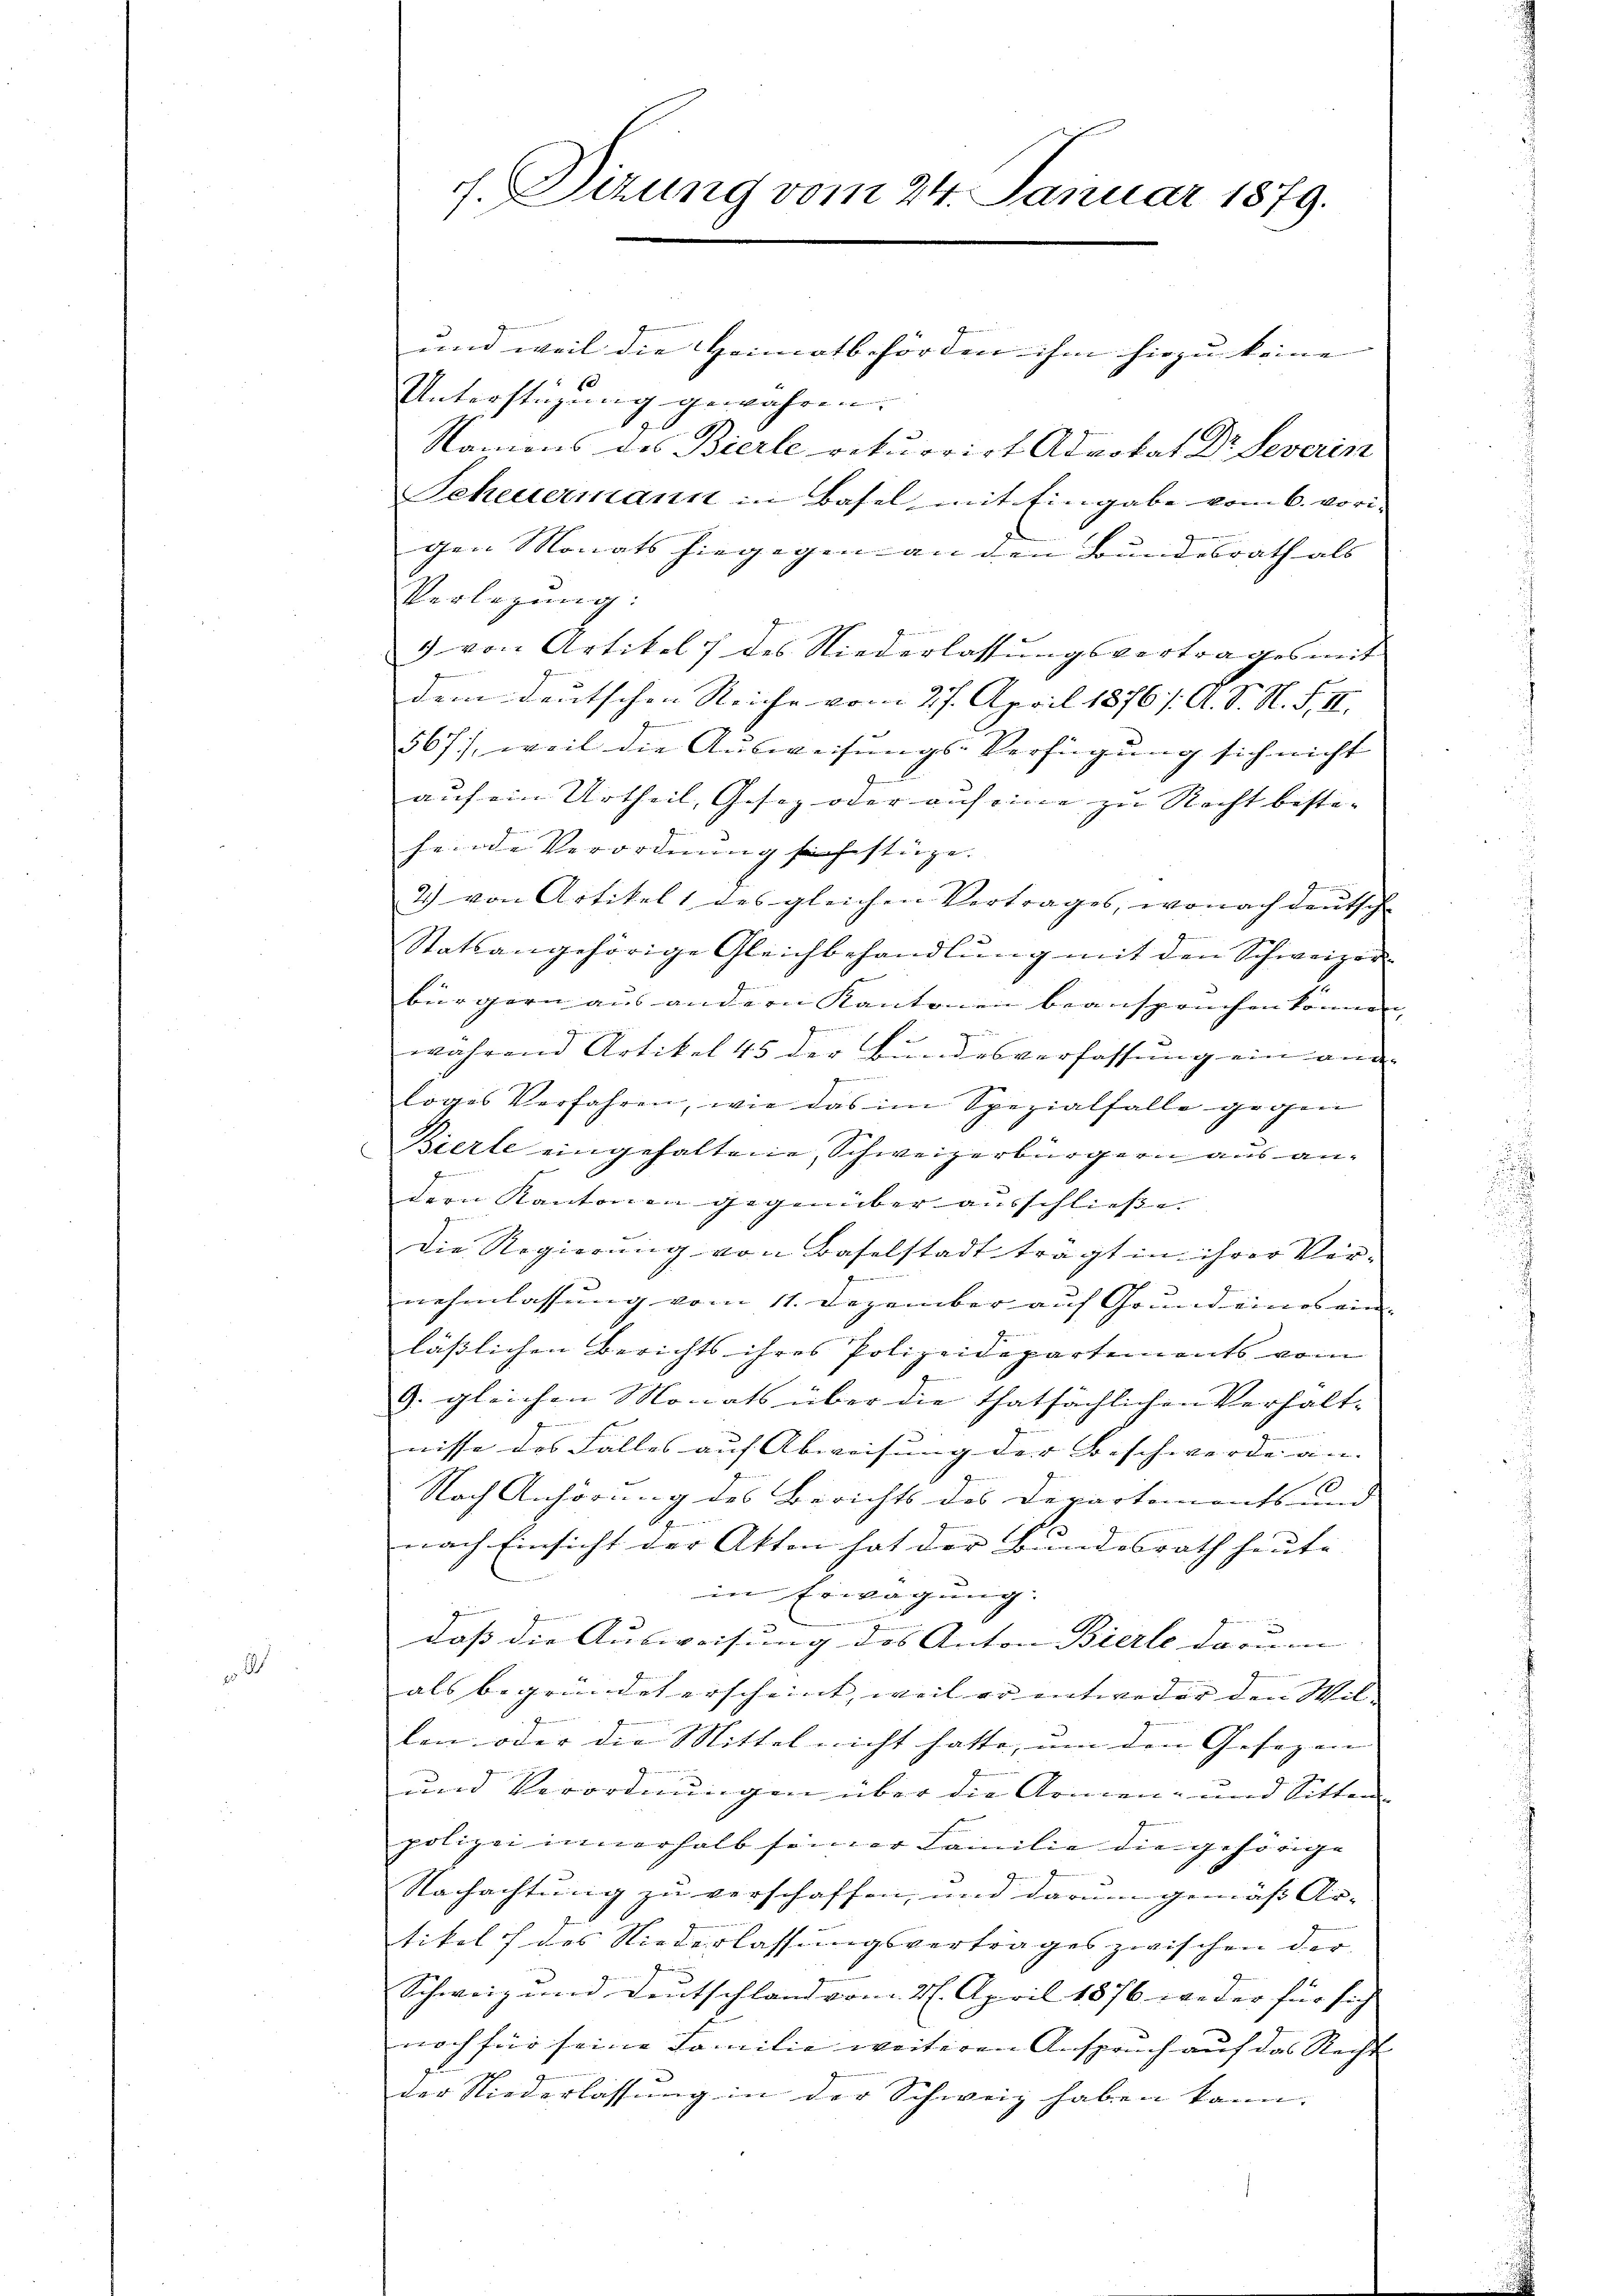
und weil die Heimatbehörden ihm hiezu keine |
Unterstüzung gewähren.
Namens des Bierle rekurrirt Advokat Dr. Severin
Scheuermann in Basel, mit Eingabe vom 6. vori-
gen Monats hingegen an den Bundesrath als |
Verlegŭng:
3 von Artikel des Niederlassŭngsvertrages mit
dem deutschen Reiche vom 27. April 1876/. A. S. N. F. II.
567), weil die Aŭsweisŭngs-Verfügŭng sich nicht
auf ein Urtheil, Gesez oder auf eine zu Recht bestifeinde Verordnung sich stüge.
2) von Artikel 1 des gleichen Vertrages, wonach deutsch
Statsangehörige Gleichbehandlŭng mit den Schweizer-
1
bürgern aus andern Kantonen beanspruchen können,
während Artikel 45 der Bundesverfassung ein ande
loges Verfahren, wie das im Spezialfalle gegen
Bierle eingehaltene, Schweizerbürgern aus andern Kantonen gegenüber ausschließe.
Die Regierung von Baselstadt tragt in ihrer Vernehmlassung vom 11. Dezember auf Grund eines ein- |
läßlichen Berichts ihres Polizeidepartements vom
9. gleichen Monats über die thatsächlichen Verhalt-
nisse des Falles auf Abweisung der Beschwerde an- |
Nach Anhörung des Berichts des Departements- und |
nach Einsicht der Akten hat der Bundesrath heute, |
in Erwägung:
g

und
daß die Ausweisung des Anton Bierle darum
als begründet erscheint, weil er entweder den Wil-
len oder die Mittel nicht hatte, um den Gesezen |
und Verordnungen über die Armen- und Sitten
polizei innerhalb seiner Familie die gehörige
Nachachtung zu verschaffen, und darum gemäss Ar-
tikel des Niederlassungsvertrages zwischen der
Schweiz und Deutschland vom 27. April 1876 weder für sich
noch für seine Familie weiteren Anspruch auf das Recht
der Niederlassung in der Schweiz haben kann.

g. Dirung vom 24. Januar 1879.